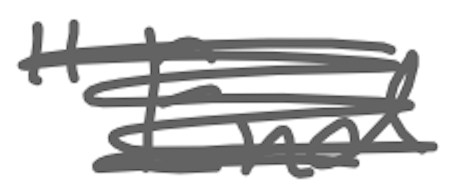
Text: "End
Cross-out: scratch
Writing tool: digital_gray